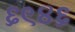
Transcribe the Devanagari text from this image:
६९४६